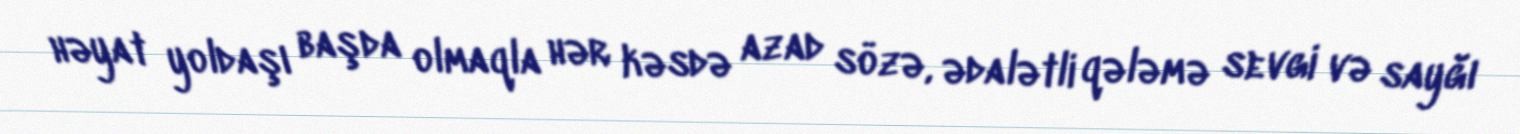
həyat yoldaşı başda olmaqla hər kəsdə azad sözə, ədalətli qələmə sevgi və sayğı